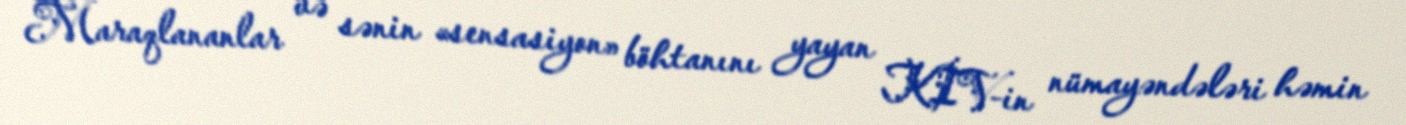
Maraqlananlar və sənin «sensasiyon» böhtanını yayan KİV-in nümayəndələri həmin